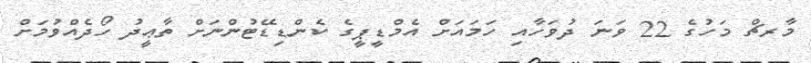
މާރޗް މަހުގެ 22 ވަނަ ދުވަހާއި ހަމައަށް އެމްޑީޕީގެ ކެންޑިޑޭޓުންނަށް ތާޢީދު ހޯދެއްވުމަށް